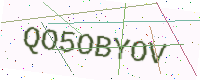
Text: QO5OBYOV